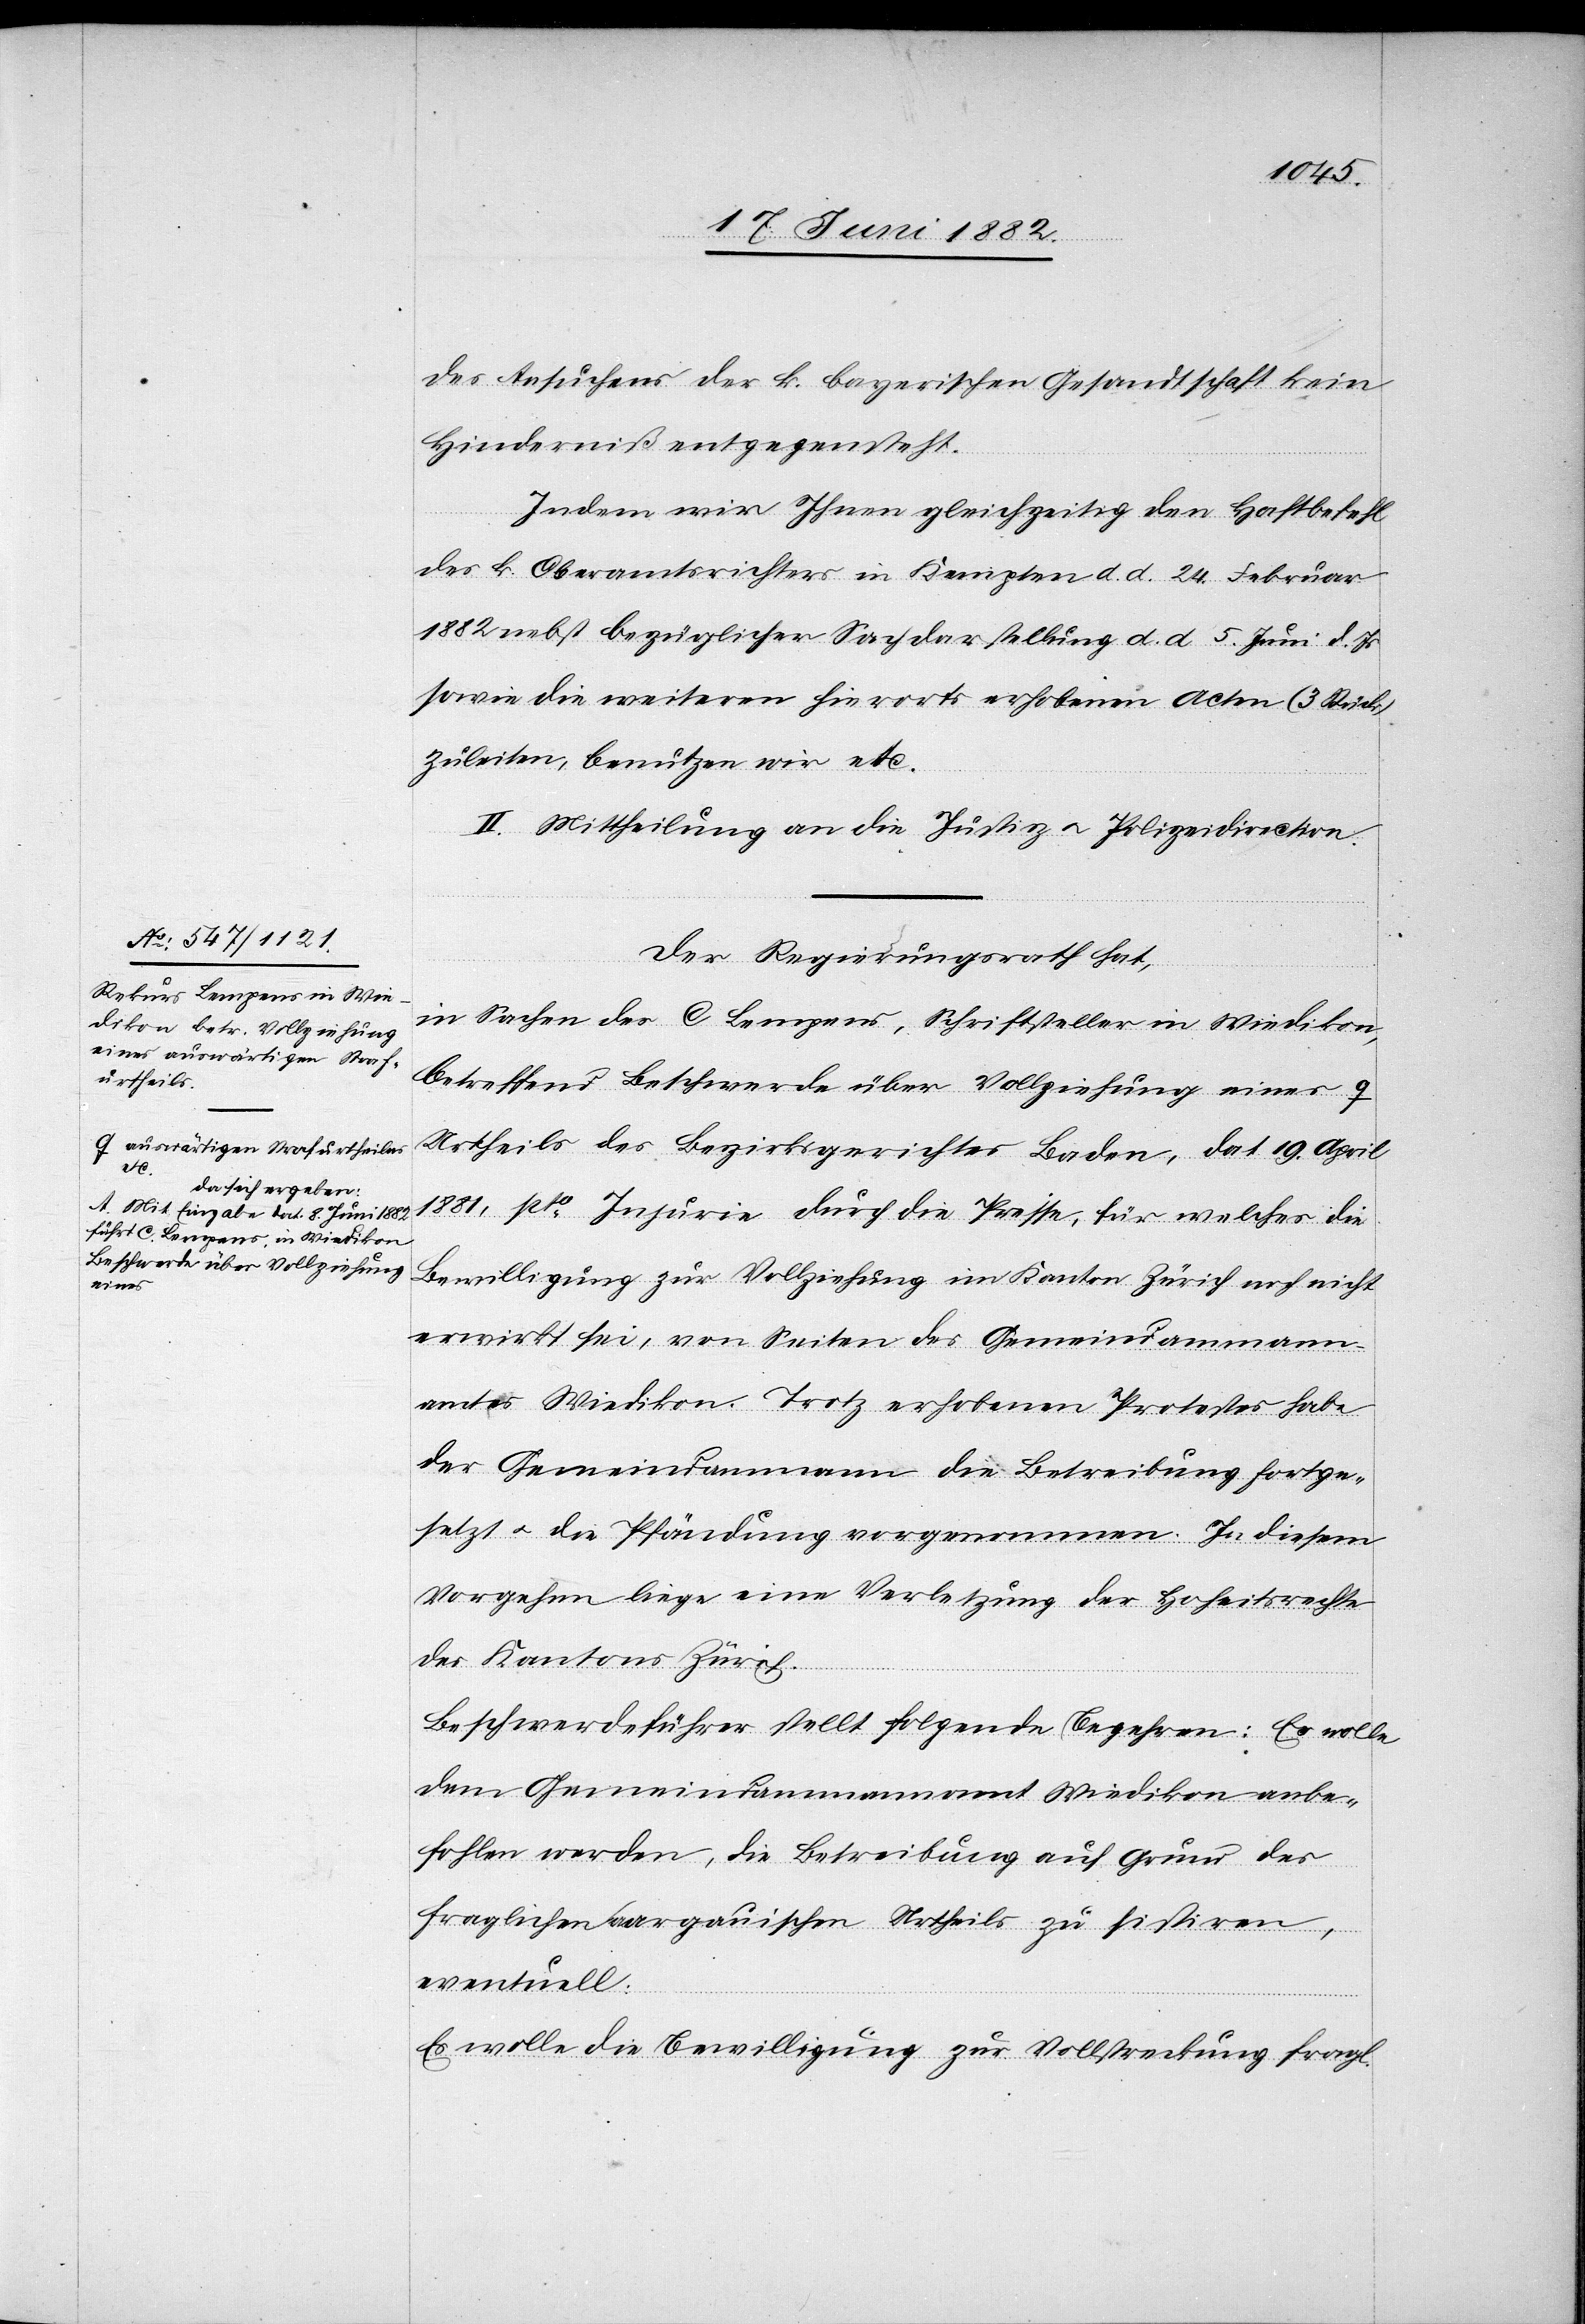
a-auswärtigen Strafurtheiles
etc.
da sich ergeben:
A. Mit Eingabe dat. 8. Juni 1882
führt C. Lempens in Wiedikon
Beschwerde über Vollziehung
eines-a

des Ansuchens der k. bayerischen Gesandtschaft kein
Hinderniß entgegensteht.
Indem wir Ihnen gleichzeitig den Haftbefehl
des k. Oberamtsrichters in Kempten d. d. 24. Februar
1882 nebst bezüglicher Sachdarstellung d. d. 5. Juni d. Js.
sowie die weitern hierorts erhobenen Acten (3 Stück)
zuleiten, benutzen wir etc.“
II. Mittheilung an die Justiz[-] u. Polizeidirection.
Der Regierungsrath hat,
in Sachen des C. Lempens, Schriftsteller in Wiedikon,
betreffend Beschwerde über Vollziehung eines
Urtheils des Bezirksgerichtes Baden, dat. 19. April
1881 pto Injurie durch die Presse, für welches die
Bewilligung zur Vollziehung im Kanton Zürich noch nicht
erwirkt sei, von Seiten des Gemeindammann¬
amtes Wiedikon. Trotz erhobenen Protestes habe
der Gemeindammann die Betreibung fortge¬
setzt u. die Pfändung vorgenommen. In diesem
Vorgehen liege eine Verletzung der Hoheitsrechte
des Kantons Zürich.
Beschwerdeführer stellt folgende Begehren: Es wolle
dem Gemeindammannamt Wiedikon anbe¬
fohlen werden, die Betreibung auf Grund des
fraglichen aargauischen Urtheils zu sistiren,
eventuell:
Es wolle die Bewilligung zur Vollstreckung fragl.